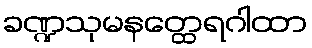
ခဏ္ဍသုမနတ္ထေရဂါထာ